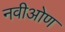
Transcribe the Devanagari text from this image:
नवीओण